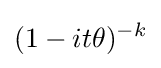
(1-it\theta )^{-k}